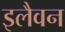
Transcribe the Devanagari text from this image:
इलैवन